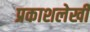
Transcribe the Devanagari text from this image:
प्रकाशलेखी